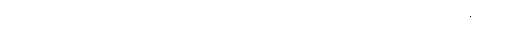
မွေ့လျော်ခြင်းရှိသည်။ ကမ္မာရတော၊ အမူသစ်၌ မွေ့လျော်တတ်သည်။ ကမ္မာရာမတံ၊ အမူသစ်၌